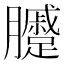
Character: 𰯫